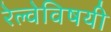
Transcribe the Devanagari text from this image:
रेल्वेविषयी